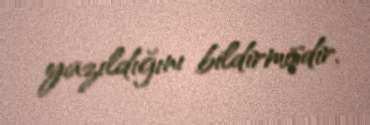
yazıldığını bildirmişdir.